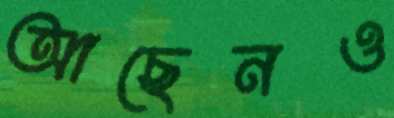
আছেনও